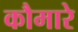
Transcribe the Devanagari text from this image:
कौमारे